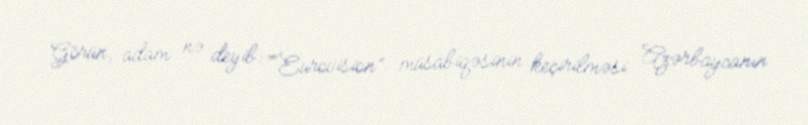
Görün, adam nə deyib: ““Eurovision” müsabiqəsinin keçirilməsi Azərbaycanın